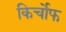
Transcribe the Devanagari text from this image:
किर्चोफ